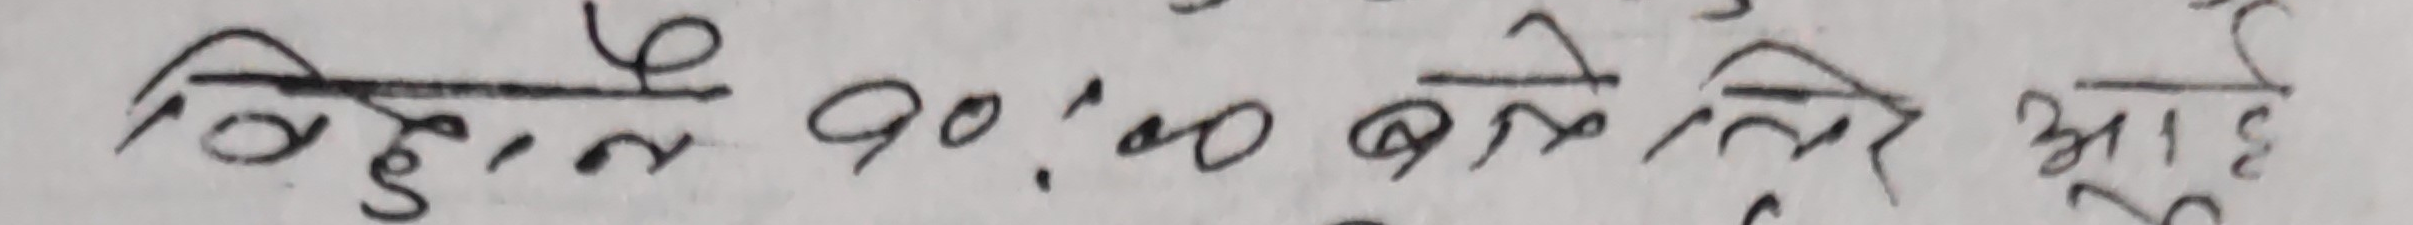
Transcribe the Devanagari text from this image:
विहान १०:०० बजेतिर आए